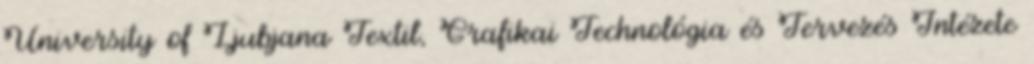
University of Ljubjana Textil, Grafikai Technológia és Tervezés Intézete